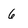
Character: 6